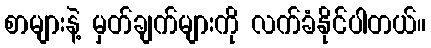
စာများနဲ့ မှတ်ချက်များကို လက်ခံနိုင်ပါတယ်။